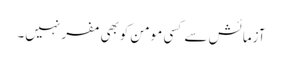
آزمائش سے کسی مومن کوبھی مفر نہیں۔